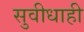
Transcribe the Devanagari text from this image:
सुवीधाही